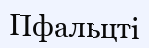
Пфальцті